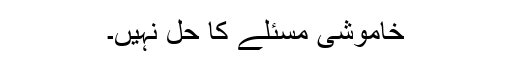
خاموشی مسئلے کا حل نہیں۔